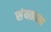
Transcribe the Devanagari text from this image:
संयतात्मा